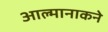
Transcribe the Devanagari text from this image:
आल्मानाकने